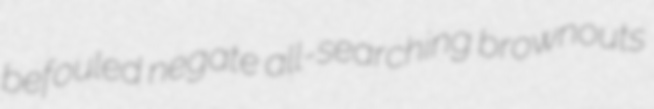
befouled negate all-searching brownouts